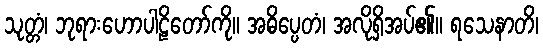
သုတ္တံ၊ ဘုရားဟောပါဠိတော်ကို။ အဓိပ္ပေတံ၊ အလိုရှိအပ်၏။ ရသေနာတိ၊